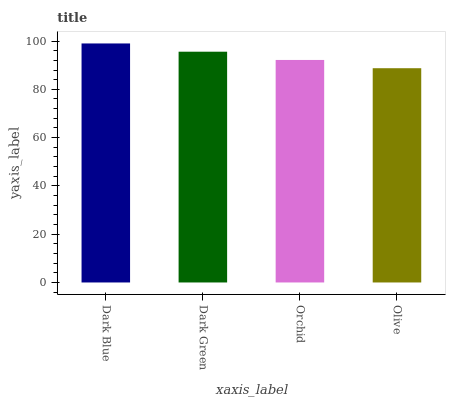
| xaxis_label | bars |
 | --- | --- |
 | Dark Blue | 99 |
 | Dark Green | 95.6 |
 | Orchid | 92.2 |
 | Olive | 88.7 |